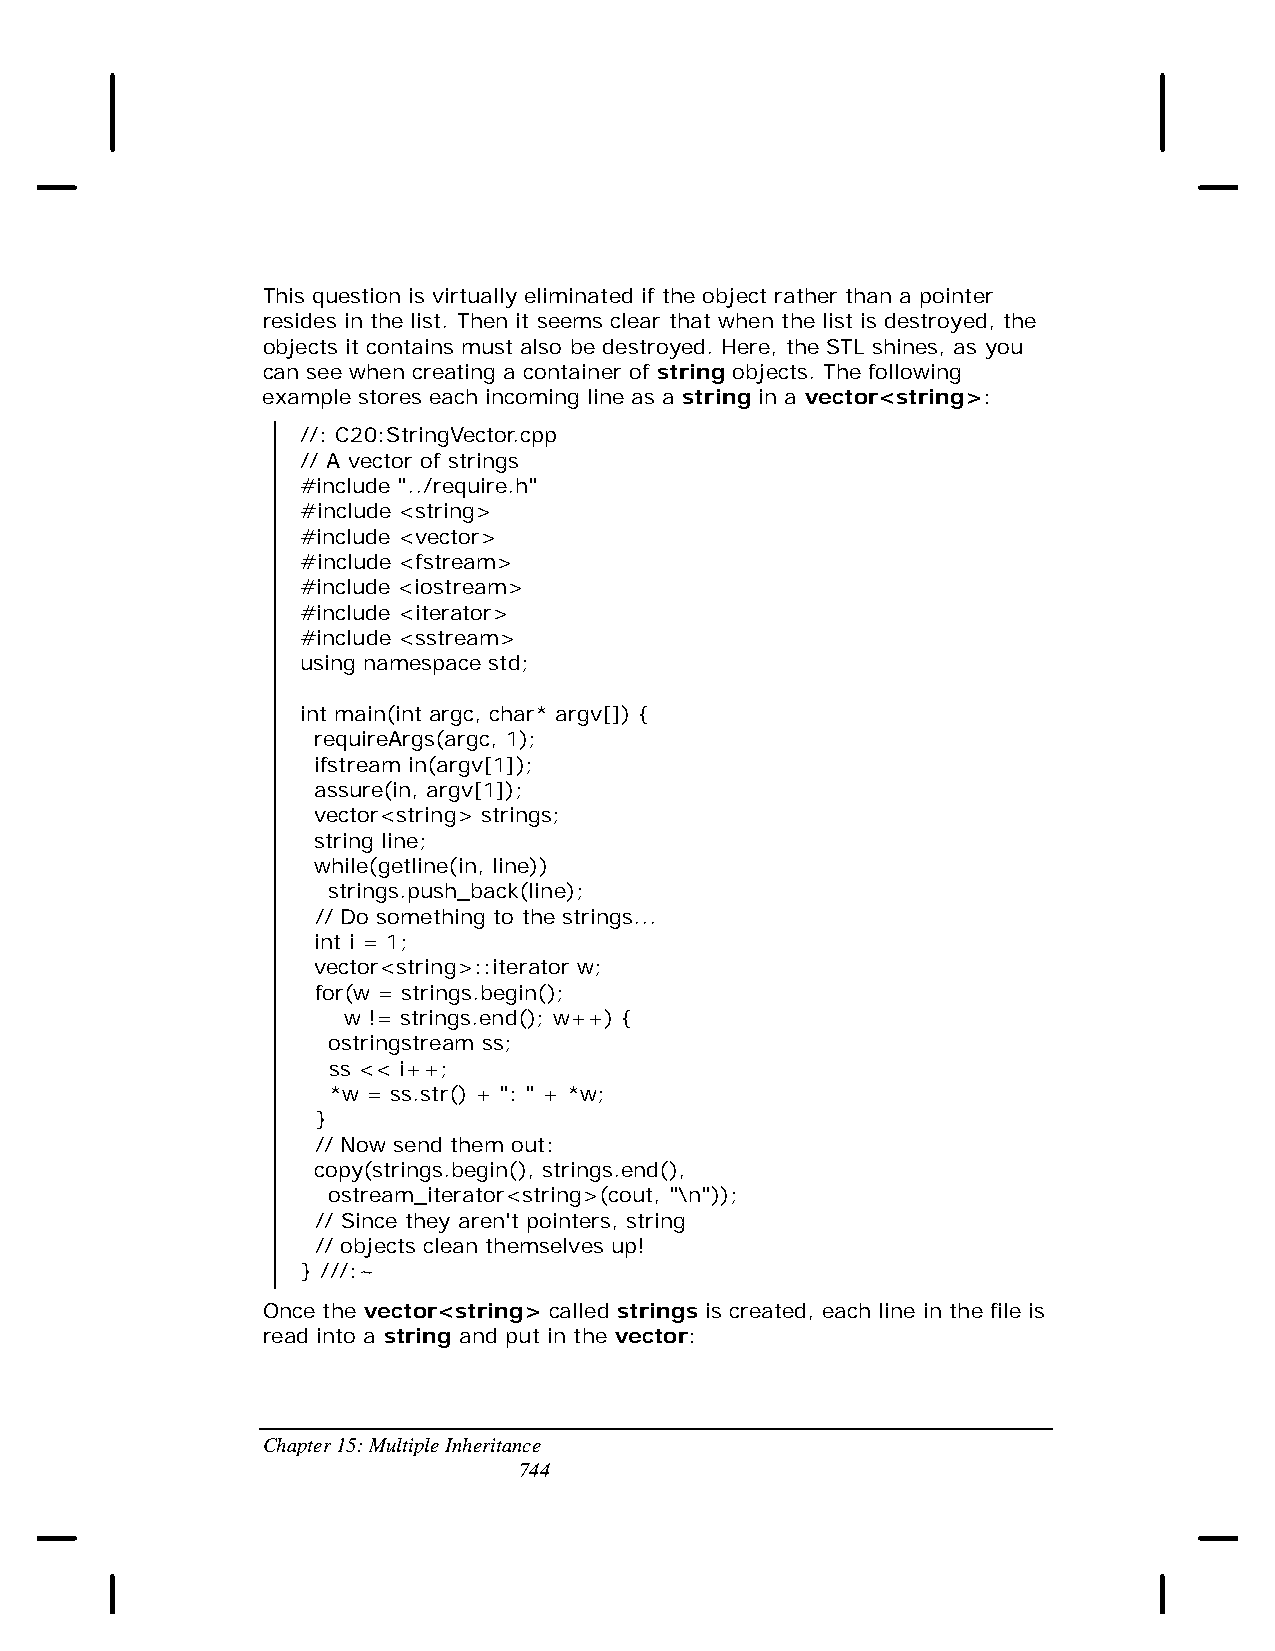
This question is virtually eliminated if the object rather than a pointer
 resides in the list. Then it seems clear that when the list is destroyed, the
 objects it contains must also be destroyed. Here, the STL shines, as you
 can see when creating a container of string objects. The following
 example stores each incoming line as a string in a vector<string>:
 //: C20:StringVector.cpp
 // A vector of strings
 #include "../require.h"
 #include <string>
 #include <vector>
 #include <fstream>
 #include <iostream>
 #include <iterator>
 #include <sstream>
 using namespace std;
 int main(int argc, char* argv[]) {
 requireArgs(argc, 1);
 ifstream in(argv[1]);
 assure(in, argv[1]);
 vector<string> strings;
 string line;
 while(getline(in, line))
 strings.push_back(line);
 // Do something to the strings...
 int i = 1;
 vector<string>::iterator w;
 for(w = strings.begin();
 w != strings.end(); w++) {
 ostringstream ss;
 ss << i++;
 *w = ss.str() + ": " + *w;
 }
 // Now send them out:
 copy(strings.begin(), strings.end(),
 ostream_iterator<string>(cout, "\n"));
 // Since they aren't pointers, string
 // objects clean themselves up!
 } ///:~
 Once the vector<string> called strings is created, each line in the file is
 read into a string and put in the vector:
 Chapter 15: Multiple Inheritance
 744